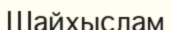
Шайхыслам